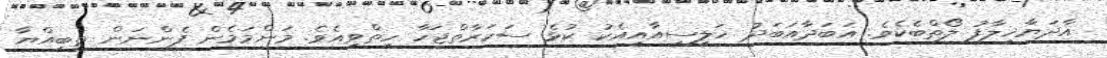
އާދަޔާޚިލާފު ލޯތްބެކެވެ. އަބަދާއަބަދު ޚަލީސީއާއިއެކު ކުޅެ ސަކަރާތްޖަހާ ހިތްވިއެވެ. މަންމަމެން ފެންނަން ތިބިއްޔާ